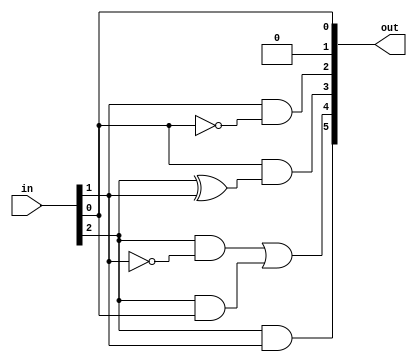
`timescale 1ns / 1ps

// 3Bit Squarer 
module Squarer(
input [2:0]in,   // 3bits input 
output [5:0]out ); // 6bit output(square>initial)

assign out[0]=in[0];
assign out[1]=0;
assign out[2]=in[1] & !in[0]; 
assign out[3]=(in[0] & (in[2] ^ in[1]));
assign out[4]=((in[2] & !in[1]) | (in[2] & in[0]));
assign out[5]=in[2] & in[1];
endmodule